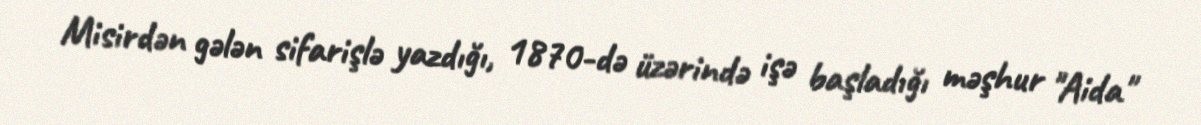
Misirdən gələn sifarişlə yazdığı, 1870-də üzərində işə başladığı məşhur "Aida"